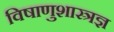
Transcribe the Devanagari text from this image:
विषाणुशास्त्रज्ञ